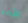
الأمر